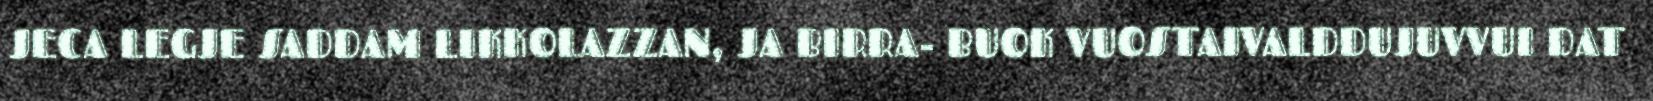
JECA LEGJE SADDAM LIKKOLAZZAN, JA BIRRA- BUOK VUOSTAIVALDDUJUVVUI DAT